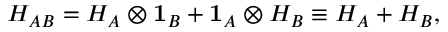
H _ { A B } = H _ { A } \otimes \mathbf { 1 } _ { B } + \mathbf { 1 } _ { A } \otimes H _ { B } \equiv H _ { A } + H _ { B } ,